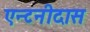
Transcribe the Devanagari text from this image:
एन्टनीदास